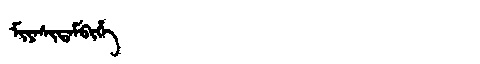
Manchu: ᠮᡳᠶᠠᠰᡳᡩᠠᠮᠪᡳᡥᡝ
Romanization: MIYASIDAMBIHE